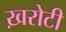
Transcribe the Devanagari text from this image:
ख़रोटी